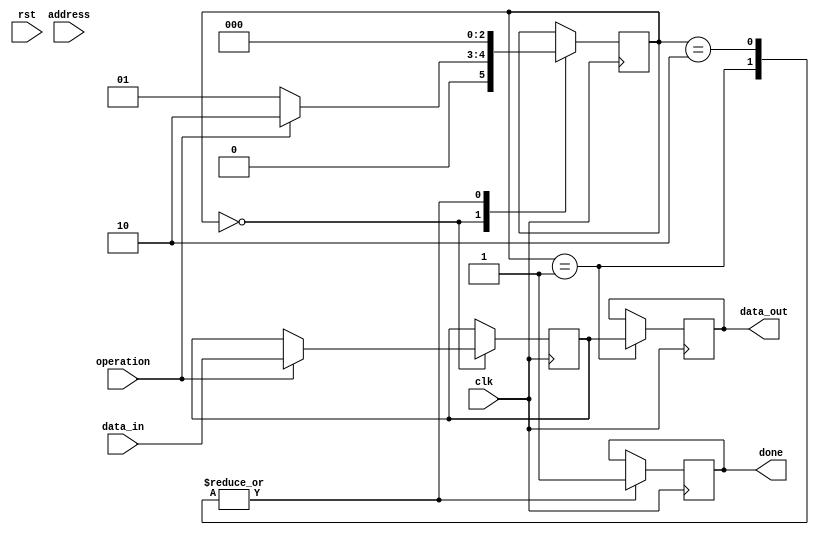
module Memory_Controller(
    input clk,
    input rst,
    input operation,
    input [7:0] address,
    input [7:0] data_in,
    output reg [7:0] data_out,
    output reg done
);

// State machine
reg [2:0] state;
parameter IDLE = 3'b000;
parameter READ = 3'b001;
parameter WRITE = 3'b010;

// Register File
reg [7:0] reg_address;
reg [7:0] reg_data;

// Memory Interface
reg mem_read;
reg mem_write;

// Control Logic
always @(posedge clk) begin
    case (state)
        IDLE: begin
            if (operation == 1'b0) begin
                state <= READ;
                reg_address <= address;
                mem_read <= 1'b1;
            end
            else if (operation == 1'b1) begin
                state <= WRITE;
                reg_address <= address;
                reg_data <= data_in;
                mem_write <= 1'b1;
            end
        end
        READ: begin
            state <= IDLE;
            data_out <= reg_data;
            done <= 1'b1;
            mem_read <= 1'b0;
        end
        WRITE: begin
            state <= IDLE;
            done <= 1'b1;
            mem_write <= 1'b0;
        end
    endcase
end

// Data path
always @(posedge clk) begin
    if (mem_read) begin
        // Read data from memory interface
    end
    else if (mem_write) begin
        // Write data to memory interface
    end
end

endmodule